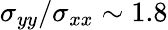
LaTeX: \sigma_{yy}/\sigma_{xx}\sim 1.8